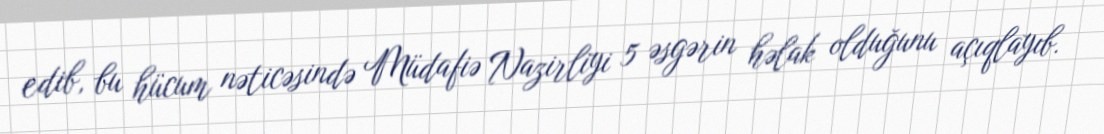
edib, bu hücum nəticəsində Müdafiə Nazirliyi 5 əsgərin həlak olduğunu açıqlayıb.